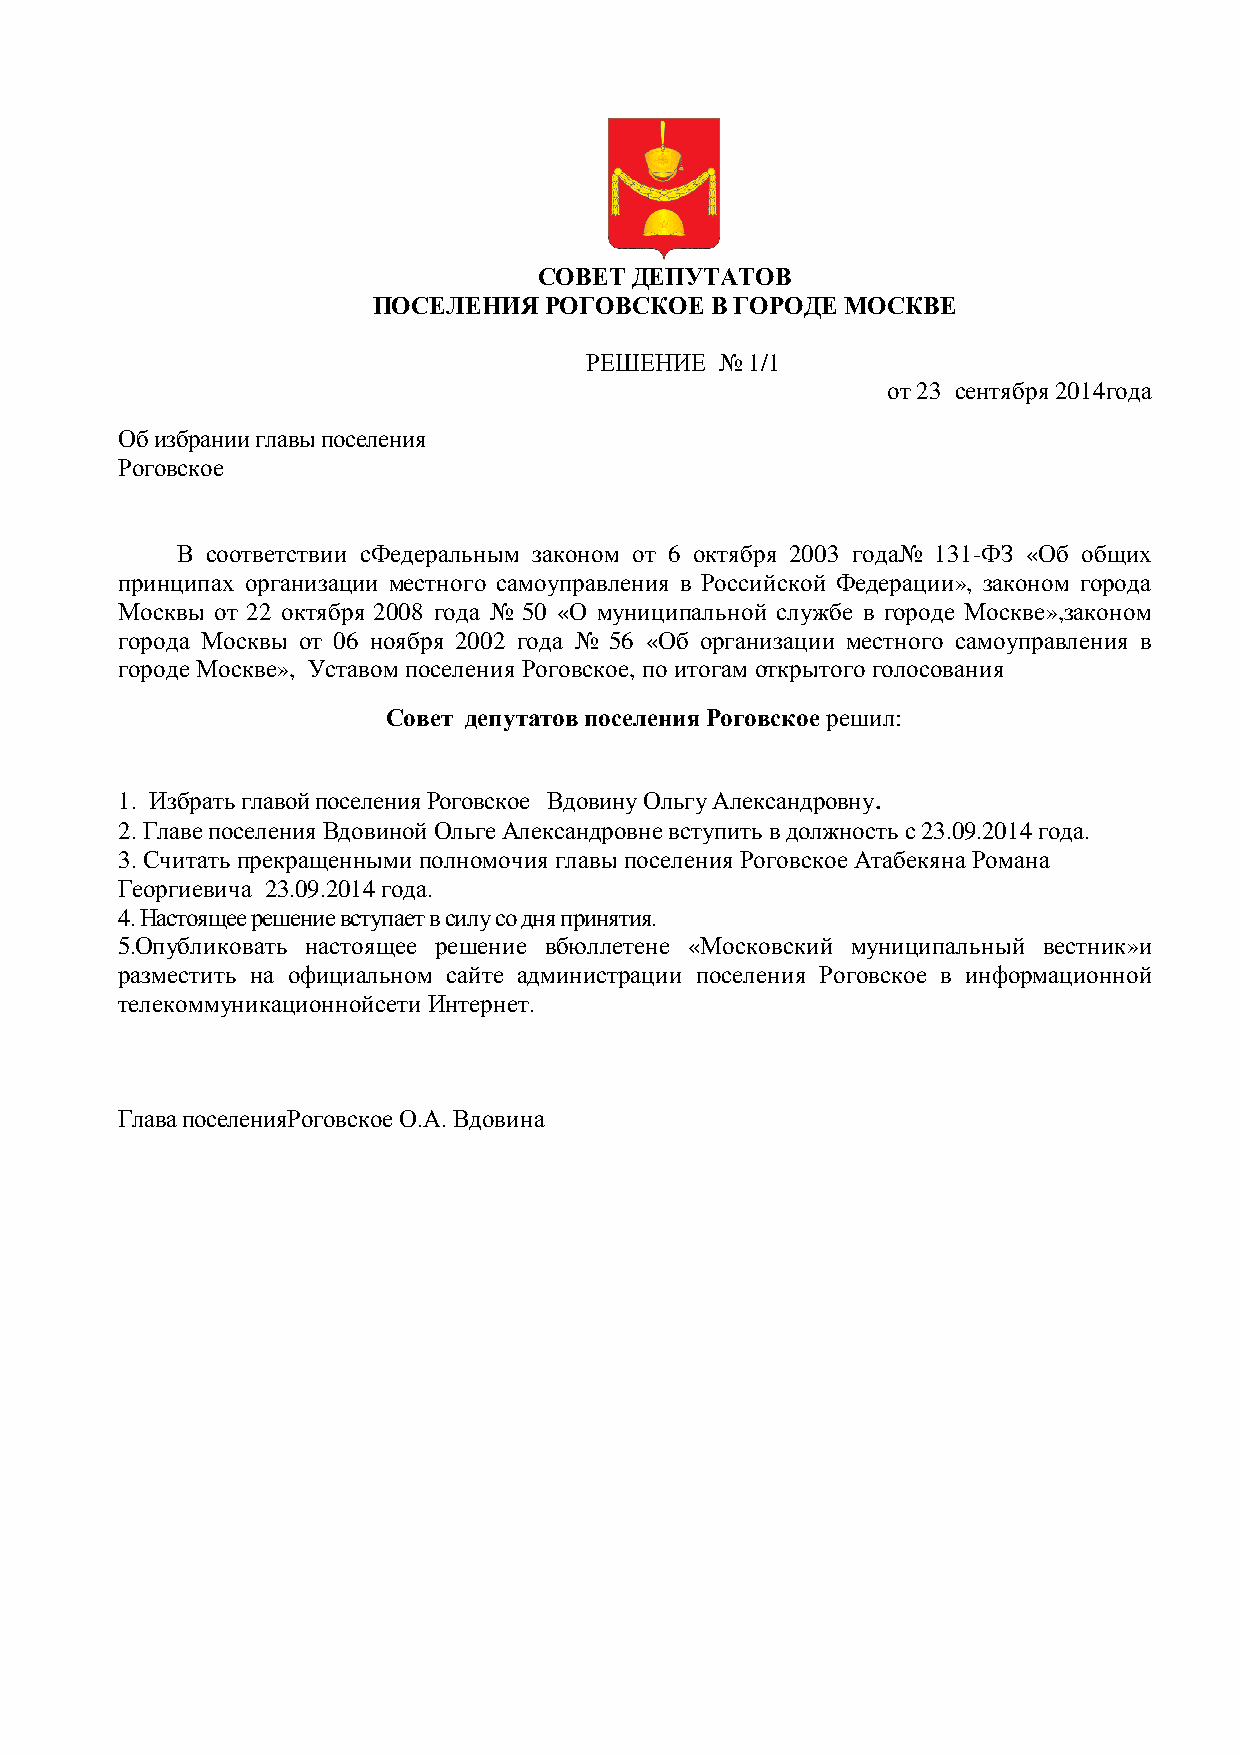
СОВЕТ ДЕПУТАТОВ
 ППООССЕЕЛЛЕЕННИИЯЯ РОГОВСКОЕ В ГОРОДЕ ММООССККВВЕЕ
 РЕШЕНИЕ  № 1/1
 оотт 23 сентября 2014года
 Об избрании главы поселения
 Роговское
 В соответствии сФФееддееррааллььнныымм законом от 6 октября 2003 ггооддаа№№ 131-ФЗ «Об общих
 принципах организации ммеессттннооггоо самоуправления в Российской ФФееддееррааццииии», законом города
 Москвы от 22 октября 22000088 ггооддаа № 50 «О муниципальной службе вв ггооррооддее Москве»,законом
 города Москвы от 06 нноояяббрряя 22000022 года № 56 «Об организации ммеессттннооггоо самоуправления в
 городе Москве», Уставом ппооссееллеенниияя Роговское, по итогам ооттккррыыттооггоо ггооллооссоовваанниияя
 ССооввеетт депутатов поселения Роговское решил::
 .
 1. Избрать главой поселения РРооггооввссккооее Вдовину Ольгу Александровну
 2. Главе поселения ВВддооввиинноойй ООллььггее Александровне вступить в ддооллжжннооссттьь сс 23.09.2014 года.
 3. Считать ппррееккрраащщеенннныыммии ппооллннооммооччиияя главы поселения Роговское ААттааббееккяяннаа Романа
 Георгиевича 23.09.2014 года.
 4. Настоящее решение ввссттууппааеетт вв ссииллуу со дня принятия.
 5.Опубликовать ннаассттоояящщееее рреешение вбюллетене «Московский ммууннииццииппааллььнныыйй вестник»и
 разместить на ооффииццииааллььнноомм ссааййттее администрации поселения РРооггооввссккооее в информационной
 ттееллееккооммммууннииккааццииооннннооййссееттии ИИннттееррннеетт.
 Глава поселенияРоговское ОО.АА.. ВВддооввииннаа